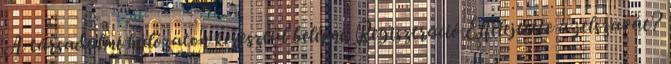
A társadalmi hálózaton keresztül belépni: Regisztráció Elfelejtette a jelszavát?